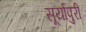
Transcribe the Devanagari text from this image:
सूर्यापुरी